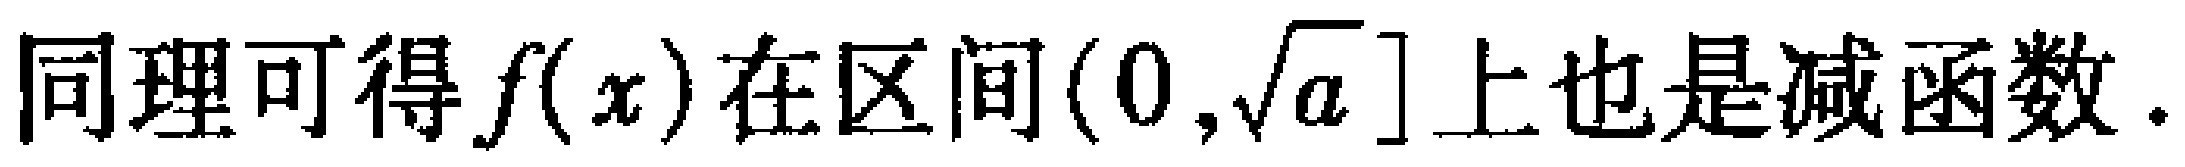
同理可得\(f(x)\)在区间\((0,\sqrt{a}]\)上也是减函数.